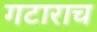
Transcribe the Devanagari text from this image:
गटाराच